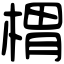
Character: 𣖜